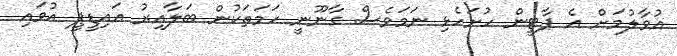
އުވާލުމަށް އެ ޕާޓީން ހުށަހެޅި ނަމަވެސް ގާނޫނީ ހަމަތަކުން ބަލާއިރު އައިޑީޕީ އުވައި